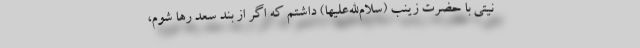
نیتی با حضرت زینب (سلام‌الله‌علیها) داشتم که اگر از بند سعد رها شوم،